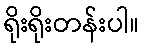
ရိုးရိုးတန်းပါ။